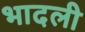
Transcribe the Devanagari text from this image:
भादली